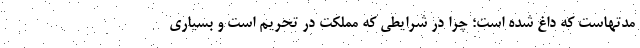
مدتهاست که داغ شده است؛ چرا در شرایطی که مملکت در تحریم است و بسیاری